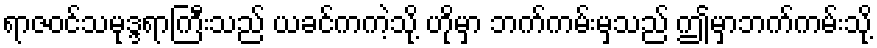
ရာဇဝင်သမုဒ္ဒရာကြီးသည် ယခင်ကကဲ့သို့ ဟိုမှာ ဘက်ကမ်းမှသည် ဤမှာဘက်ကမ်းသို့